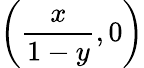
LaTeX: \left({\frac{x}{1-y}},0\right)